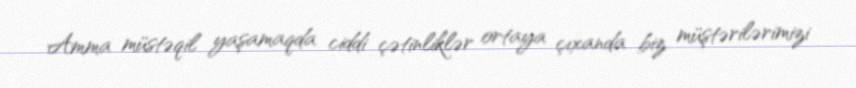
Amma müstəqil yaşamaqda ciddi çətinliklər ortaya çıxanda biz müştərilərimizi